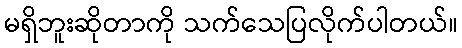
မရှိဘူးဆိုတာကို သက်သေပြလိုက်ပါတယ်။